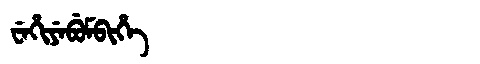
Manchu: ᠸᡝᡥᡳᠶᡝᠪᡠᠮᠪᡳᡥᡝ
Romanization: WEHIYEBUMBIHE